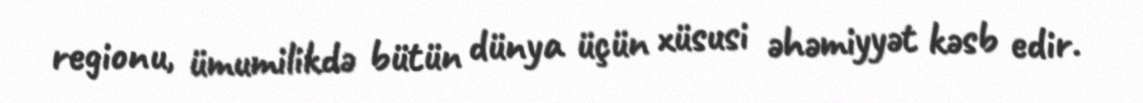
regionu, ümumilikdə bütün dünya üçün xüsusi əhəmiyyət kəsb edir.